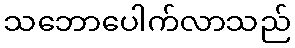
သဘောပေါက်လာသည်